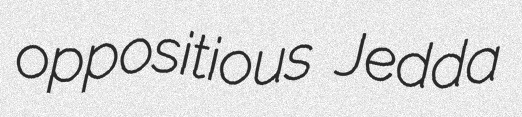
oppositious Jedda